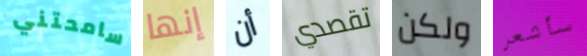
سامحتني إنها أن تقصدي ولكن سأشعر